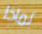
لماذا